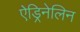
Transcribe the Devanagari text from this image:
ऐड्रिनेलिन